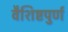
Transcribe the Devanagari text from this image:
वैशिष्टपुर्ण